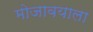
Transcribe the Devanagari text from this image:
मोजावयाला